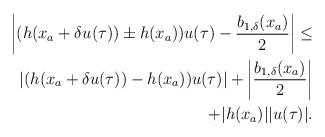
LaTeX: \begin{align*}\begin{aligned}\left|(h(x_a+\delta u(\tau))\pm h(x_a))u(\tau)-\dfrac{b_{1,\delta}(x_a)}{2}\right| \le\\\left|(h(x_a+\delta u(\tau))- h(x_a))u(\tau)\right|+\left|\dfrac{b_{1,\delta}(x_a)}{2}\right|\\+|h(x_a)||u(\tau)|.\end{aligned}\end{align*}